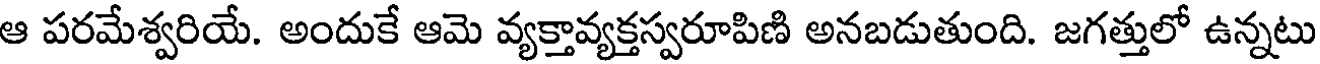
ఆ పరమేశ్వరియే. అందుకే ఆమె వ్యక్తావ్యక్తస్వరూపిణి అనబడుతుంది. జగత్తులో ఉన్నటు